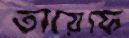
তায়েফে